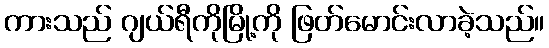
ကားသည် ဂျယ်ရီကိုမြို့ကို ဖြတ်မောင်းလာခဲ့သည်။